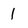
Character: l